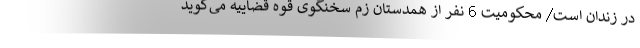
در زندان است/ محکومیت 6 نفر از همدستان زم سخنگوی قوه قضاییه می‌گوید